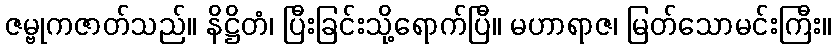
ဇမ္ဗုကဇာတ်သည်။ နိဋ္ဌိတံ၊ ပြီးခြင်းသို့ရောက်ပြီ။ မဟာရာဇ၊ မြတ်သောမင်းကြီး။